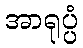
အာရုပ္ပံ